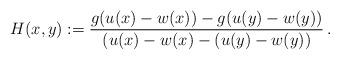
LaTeX: \begin{align*}H(x,y):=\frac{g(u(x)-w(x))-g(u(y)-w(y))}{(u(x)-w(x)-(u(y)-w(y))}\,.\end{align*}